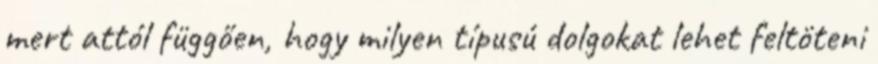
mert attól függően, hogy milyen típusú dolgokat lehet feltöteni